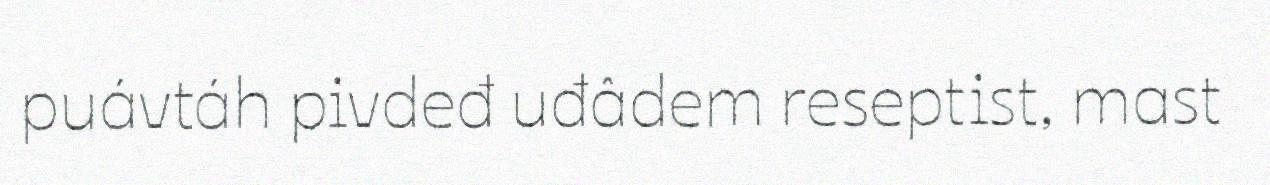
puávtáh pivdeđ uđâdem reseptist, mast